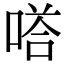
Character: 𭉙